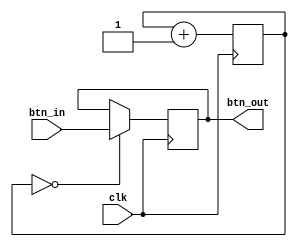
`timescale 1ns / 1ps
//////////////////////////////////////////////////////////////////////////////////
// Company: Myminieye
// 
// Design Name: 
// Module Name: btn_deb
// Project Name: 
// Target Devices: 
// Tool Versions: 
// Description: 
// 
// Dependencies: 
// 
// Revision:
// Revision 0.01 - File Created
// Additional Comments:
// 
//////////////////////////////////////////////////////////////////////////////////

`define	UD #1
module btn_deb #(
    parameter     BT_WIDTH = 4'd8
)
(
    input                          clk,
    input      [BT_WIDTH-1:0]      btn_in,
                               
    output reg [BT_WIDTH-1:0]      btn_out
);
    
    reg [17:0] time_cnt=18'd0;//21ms
    
    always @(posedge clk)
    begin
        time_cnt <= `UD time_cnt + 18'd1;  //20'hf_ffff21ms
    end
    
    always @(posedge clk)
    begin
        if(time_cnt == 0)   //21ms
            btn_out <= `UD btn_in;
    end

endmodule